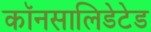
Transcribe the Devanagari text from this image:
कॉनसालिडेटेड